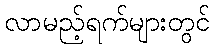
လာမည့်ရက်များတွင်